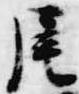
尾